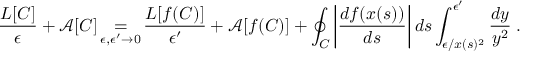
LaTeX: \frac { L [ C ] } { \epsilon } + \mathcal { A } [ C ] \mathop { = } _ { \epsilon , \epsilon ^ { \prime } \to 0 } \frac { L [ f ( C ) ] } { \epsilon ^ { \prime } } + \mathcal { A } [ f ( C ) ] + \oint _ { C } \left| \frac { d f ( x ( s ) ) } { d s } \right| d s \int _ { \epsilon / x ( s ) ^ { 2 } } ^ { \epsilon ^ { \prime } } \frac { d y } { y ^ { 2 } } \; .